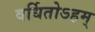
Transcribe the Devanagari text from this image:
वर्धितोऽहम्‌